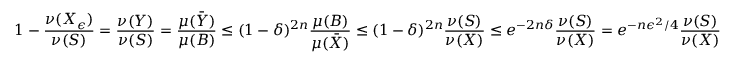
1 - { \frac { \nu ( X _ { \epsilon } ) } { \nu ( S ) } } = { \frac { \nu ( Y ) } { \nu ( S ) } } = { \frac { \mu ( { \bar { Y } } ) } { \mu ( B ) } } \leq ( 1 - \delta ) ^ { 2 n } { \frac { \mu ( B ) } { \mu ( { \bar { X } } ) } } \leq ( 1 - \delta ) ^ { 2 n } { \frac { \nu ( S ) } { \nu ( X ) } } \leq e ^ { - 2 n \delta } { \frac { \nu ( S ) } { \nu ( X ) } } = e ^ { - n \epsilon ^ { 2 } / 4 } { \frac { \nu ( S ) } { \nu ( X ) } }